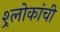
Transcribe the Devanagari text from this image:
श्र्लोकांची